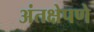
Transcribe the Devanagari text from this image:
अंतक्षेपणे